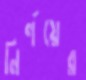
নির্ণয়ের